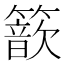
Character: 𥵗